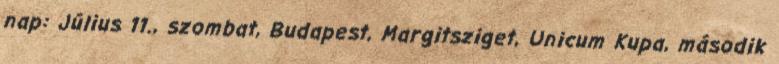
nap: Július 11., szombat, Budapest, Margitsziget, Unicum Kupa, második